Medical and sanitary report of the native army of Madras for the year
Year: 1875
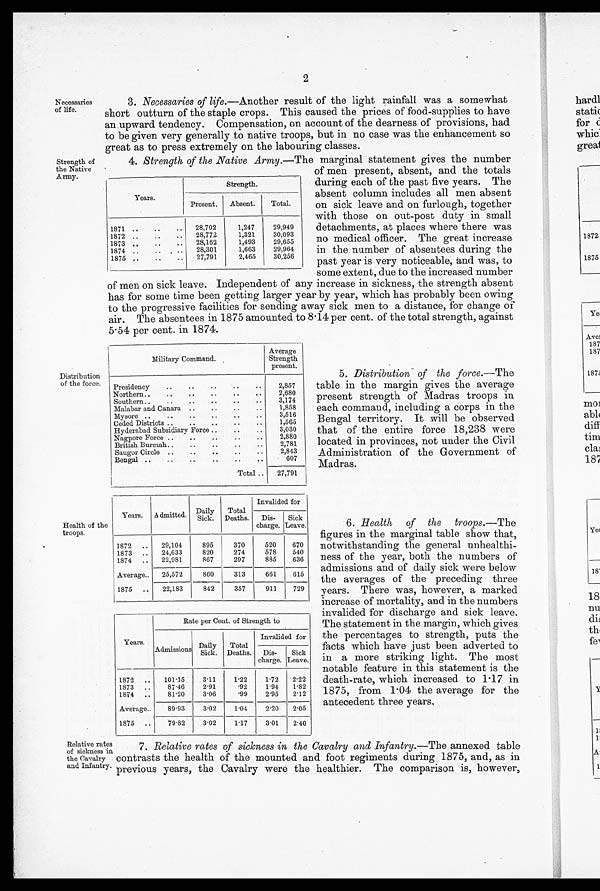
2
Necessaries
of life.
Strength of
the Native
Army.
3. Necessaries of life .—Another result of the light rainfall was a somewhat
short outturn of the staple crops. This caused the prices of food-supplies to have
an upward tendency. Compensation, on account of the dearness of provisions, had
to be given very generally to native troops, but in no case was the enhancement so
great as to press extremely on the labouring classes.
4. Strength of the Native Army .—The marginal statement gives the number
of men present, absent, and the totals
during each of the past five years. The
absent column includes all men absent
on sick leave and on furlough, together
with those on out-post duty in small
detachments, at places where there was
no medical officer. The great increase
in the number of absentees during the
past year is very noticeable, and was, to
some extent, due to the increased number
of men on sick leave. Independent of any increase in sickness, the strength absent
has for some time been getting larger year by year, which has probably been owing
to the progressive facilities for sending away sick men to a distance, for change of
air. The absentees in 1875 amounted to 8.14 per cent. of the total strength, against
5 . 54 per cent. in 1874.
Years.
Strength.
Present.
Absent.
Total.
1871
28,702
1,247
29,949
1872
28,772
1,321
30,093
1873
28,162
1,493
29,655
1874
28,301
1,663
29,964
1875
27,791
2,465
30,256
Distribution
of the force.
Health of the
troops.
Military Command.
Average
Strength
present.
Presidency
2,857
Northern
2,680
Southern
3,174
Malabar and Canara
1,858
Mysore
3,516
Ceded Districts
1,565
Hyderabad Subsidiary Force
3,030
Nagpore Force
2,880
British Burmah
2,781
Saugor Circle
2,843
Bengal
607
Total
27,791
Years.
Admitted.
D a i l y S i c k .
Total
Deaths.
Invalided for
Dis-
charge.
Sick
Leave.
1872
29,104
895
370
520
670
1873
24,633
820
274
578
540
1874
22,981
867
297
885
636
Average
25,572
860
313
661
615
1875
22,183
842
357
911
729
Years.
Rate per Cent. of Strength to
Admissions
Daily
Sick.
Total
Deaths.
Invalided for
Dis-
charge.
Sick
Leave.
1872
101.15
3.11
1.22
1.72
2.22
1873
87.46
2.91
.92
1.94
1.82
1874
81.20
3.06
.99
2.95
2.12
Average
89.93
3.02
1.04
2.20
2.05
1875
79.82
3.02
1.17
3.01
2.40
5. Distribution of the force .—The
table in the margin gives the average
present strength of Madras troops in
each command, including a corps in the
Bengal territory. It will be observed
that of the entire force 18,238 were
located in provinces, not under the Civil
Administration of the Government of
Madras.
6. Health of the troops .—Th e
figures in the marginal table show that,
notwithstanding the general unhealthi-
ness of the year, both the numbers of
admissions and of daily sick were below
the averages of the preceding three
years. There was, however, a marked
increase of mortality, and in the numbers
invalided for discharge and sick leave.
The statement in the margin, which gives
the percentages to strength, puts the
facts which have just been adverted to
in a more striking light. The most
notable feature in this statement is the
death-rate, which increased to 1.17 in
1875, from 1.04 the average for the
antecedent three years.
Relative rates
of sickness in
the Cavalry
and Infantry.
7. Relative rates of sickness in the Cavalry and Infantry .—The annexed table
contrasts the health of the mounted and foot regiments during 1875, and, as in
previous years, the Cavalry were the healthier. The comparison is, however,